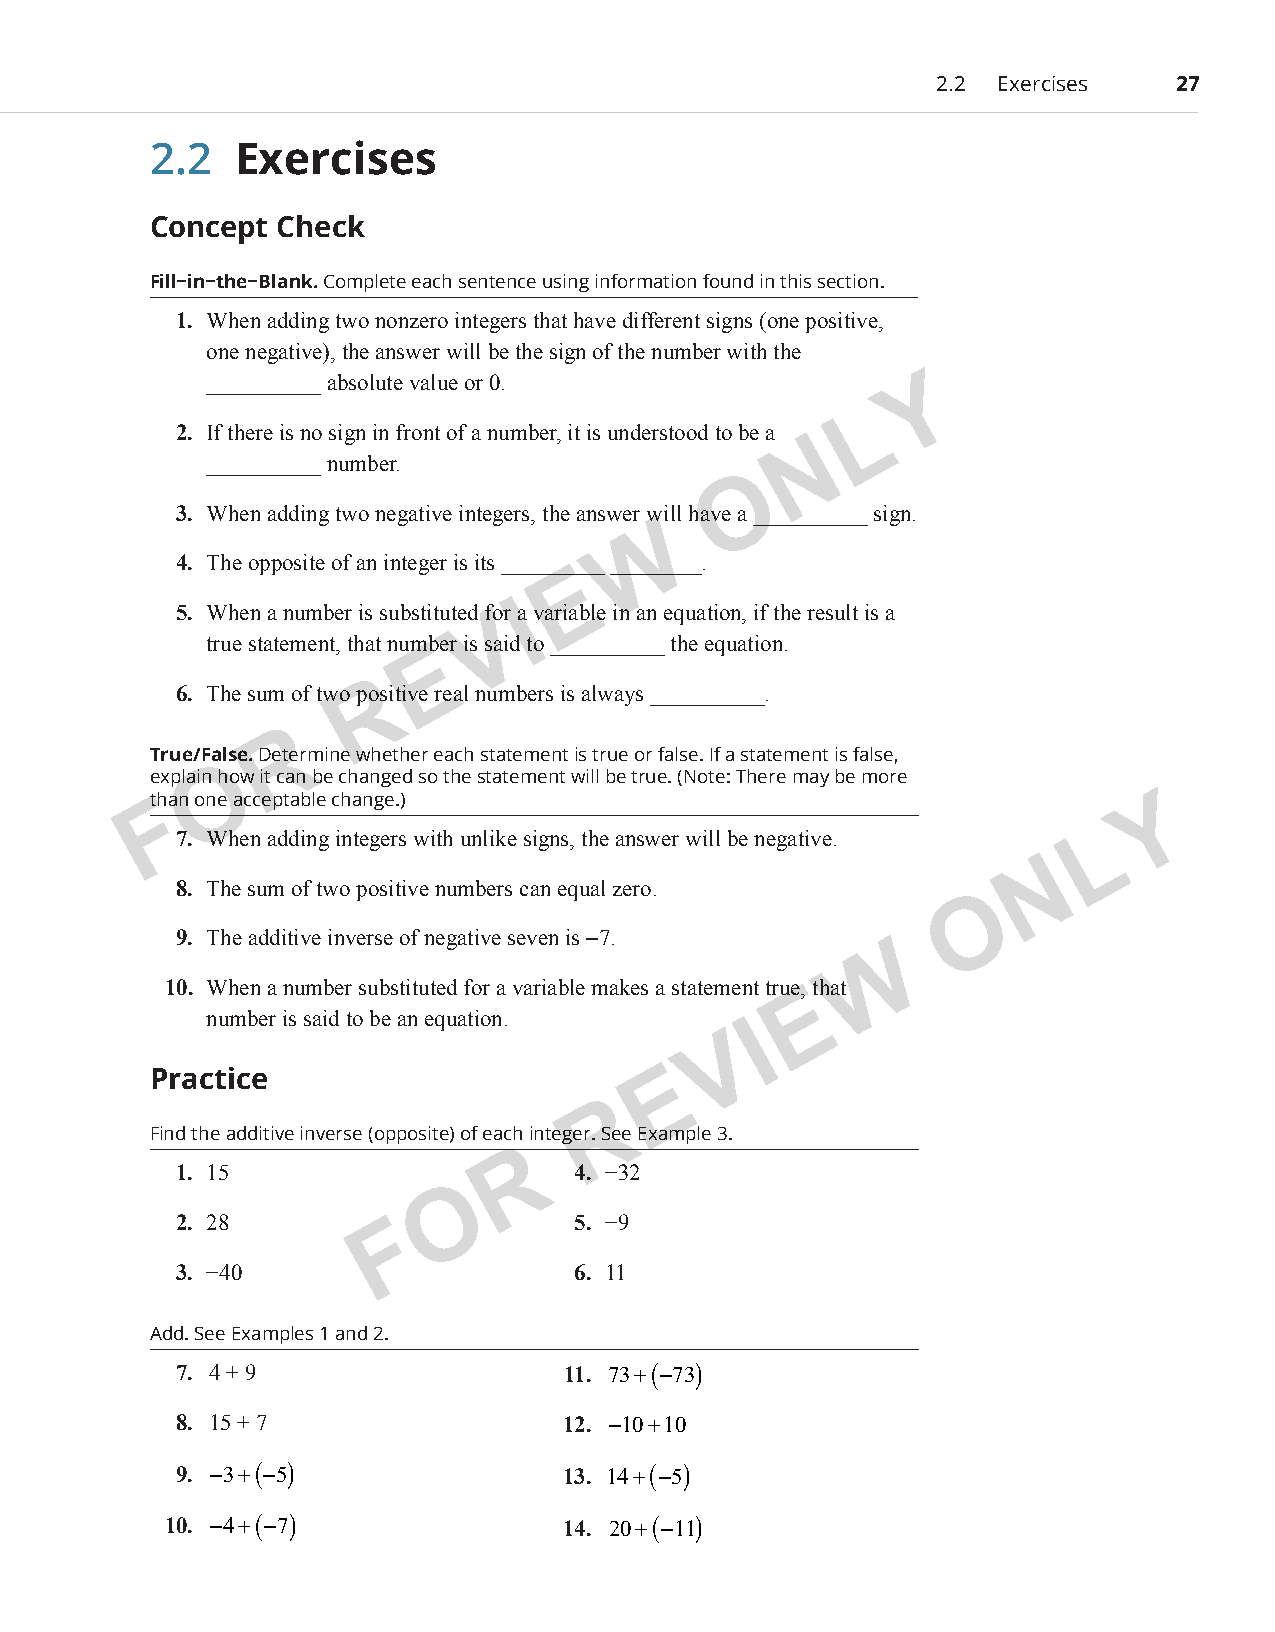
2.2 Exercises   27
 2.2   Exercises
 Concept  Check
 Fill−in−the−Blank. Complete each sentence using information found in this section.
 1. When adding two nonzero integers that have different signs (one positive,
 one negative), the answer will be the sign of the number with the
 __________ absolute value or 0.                Y
 L
 2. If there is no sign in front of a number, it is understood to be a
 N
 __________ number.
 O
 3. When adding two negative integers, the answer will have a __________ sign.
 W
 4. The opposite of an integer is its _________ ________.
 E
 5. When a number is substituted for aI variable in an equation, if the result is a
 V
 true statement, that number is said to __________ the equation.
 E
 6. The sum of two pRositive real numbers is always __________.
 R
 True/False. Determine whether each statement is true or false. If a statement is false,
 O
 explain how it can be changed so the statement will be true. (Note: There may be more
 th F an one acceptable change.)                                    Y
 7. When adding integers with unlike signs, the answer will be negative. L
 N
 8. The sum of two positive numbers can equal zero.
 O
 9. The additive inverse of negative seven is −7.
 W
 10. When a number substituted for a variable makes a statement true, that
 E
 number is said to be an equation.
 I
 V
 Practice                          E
 R
 Find the additive in verse (opposite) of each int eger. See Example 3.
 R
 1. 15                     4. −32
 O
 2. 28         F           5. −9
 3. −40                    6. 11
 Add. See Examples 1 and 2.
 7. 4 + 9                  11. 73+(−73)
 8. 15 + 7                12. −10+10
 9. −3+(−5)               13. 14+(−5)
 10. −4+(−7)               14. 20+(−11)
 PCM_Marketing_Booklet.indb 27                                            10/11/2017 9:58:44 AM